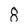
Character: 8